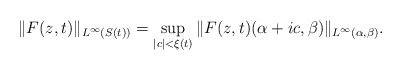
\begin{align*} \|F(z,t)\|_{L^{\infty}(S(t))} = \sup_{|c| < \xi(t)}\|F(z,t)(\alpha+ic,\beta)\|_{L^{\infty}(\alpha,\beta)}.\end{align*}